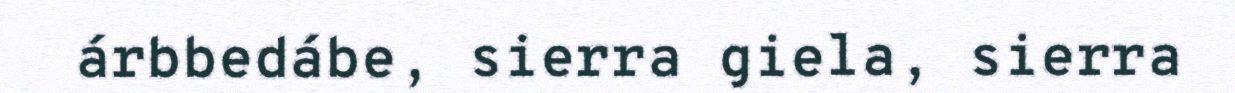
árbbedábe, sierra giela, sierra